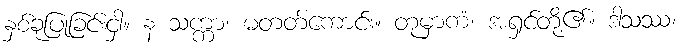
နှစ်ခုပြုခြင်းငှါ။ န သက္ကာ၊ မတတ်ကောင်း။ တုမှာကံ၊ အရှင်တို့၏။ ဒါသဿ၊